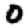
Digit: 0